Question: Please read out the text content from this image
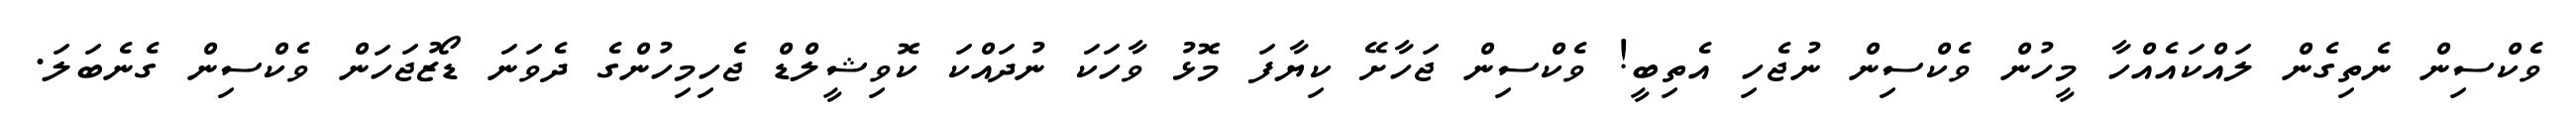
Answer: ވެކްސިން ނެތިގެން ލައްކައެއްހާ މީހުން ވެކްސިން ނުޖެހި އެތިބީ! ވެކްސިން ޖަހާށޭ ކިޔާފަ މޮޅު ވާހަކަ ނުދައްކަ ކޮވިޝީލްޑް ޖެހިމިހުންގެ ދެވަނަ ޑޯޒުޖަހަން ވެކްސިން ގެނެބަލަ.